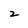
Character: 2